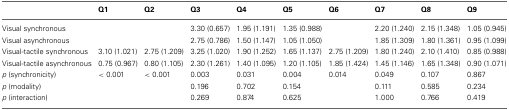
<table><thead><tr><td></td><td><b>Q1</b></td><td><b>Q2</b></td><td><b>Q3</b></td><td><b>Q4</b></td><td><b>Q5</b></td><td><b>Q6</b></td><td><b>Q7</b></td><td><b>Q8</b></td><td><b>Q9</b></td></tr></thead><tbody><tr><td>Visual synchronous</td><td></td><td></td><td>3.30 (0.657)</td><td>1.95 (1.191)</td><td>1.35 (0.988)</td><td></td><td>2.20 (1.240)</td><td>2.15 (1.348)</td><td>1.05 (0.945)</td></tr><tr><td>Visual asynchronous</td><td></td><td></td><td>2.75 (0.786)</td><td>1.50 (1.147)</td><td>1.05 (1.050)</td><td></td><td>1.85 (1.309)</td><td>1.80 (1.361)</td><td>0.95 (1.099)</td></tr><tr><td>Visual-tactile synchronous</td><td>3.10 (1.021)</td><td>2.75 (1.209)</td><td>3.25 (1.020)</td><td>1.90 (1.252)</td><td>1.65 (1.137)</td><td>2.75 (1.209)</td><td>1.80 (1.240)</td><td>2.10 (1.410)</td><td>0.85 (0.988)</td></tr><tr><td>Visual-tactile asynchronous</td><td>0.75 (0.967)</td><td>0.80 (1.105)</td><td>2.30 (1.261)</td><td>1.40 (1.095)</td><td>1.20 (1.105)</td><td>1.85 (1.424)</td><td>1.45 (1.146)</td><td>1.65 (1.348)</td><td>0.90 (1.071)</td></tr><tr><td><i>p</i> (synchronicity)</td><td>&lt;0.001</td><td>&lt;0.001</td><td>0.003</td><td>0.031</td><td>0.004</td><td>0.014</td><td>0.049</td><td>0.107</td><td>0.867</td></tr><tr><td><i>p</i> (modality)</td><td></td><td></td><td>0.196</td><td>0.702</td><td>0.154</td><td></td><td>0.111</td><td>0.585</td><td>0.234</td></tr><tr><td><i>p</i> (interaction)</td><td></td><td></td><td>0.269</td><td>0.874</td><td>0.625</td><td></td><td>1.000</td><td>0.766</td><td>0.419</td></tr></tbody></table>